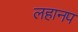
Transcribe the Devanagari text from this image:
लहानप